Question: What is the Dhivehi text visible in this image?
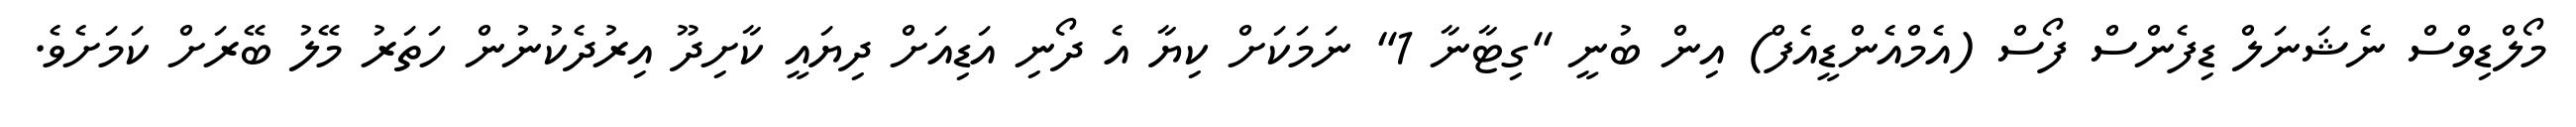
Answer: މޯލްޑިވްސް ނެޝަނަލް ޑިފެންސް ފޯސް (އެމްއެންޑީއެފް) އިން ބުނީ "ގިޓާނާ 1" ނަމަކަށް ކިޔާ އެ ދޯނި އަޑިއަށް ދިޔައީ ކާށިދޫ އިރުދެކުނުން ހަތަރު މޭލު ބޭރަށް ކަމަށެވެ.